Kloostri_vallavalitsus, lk 2
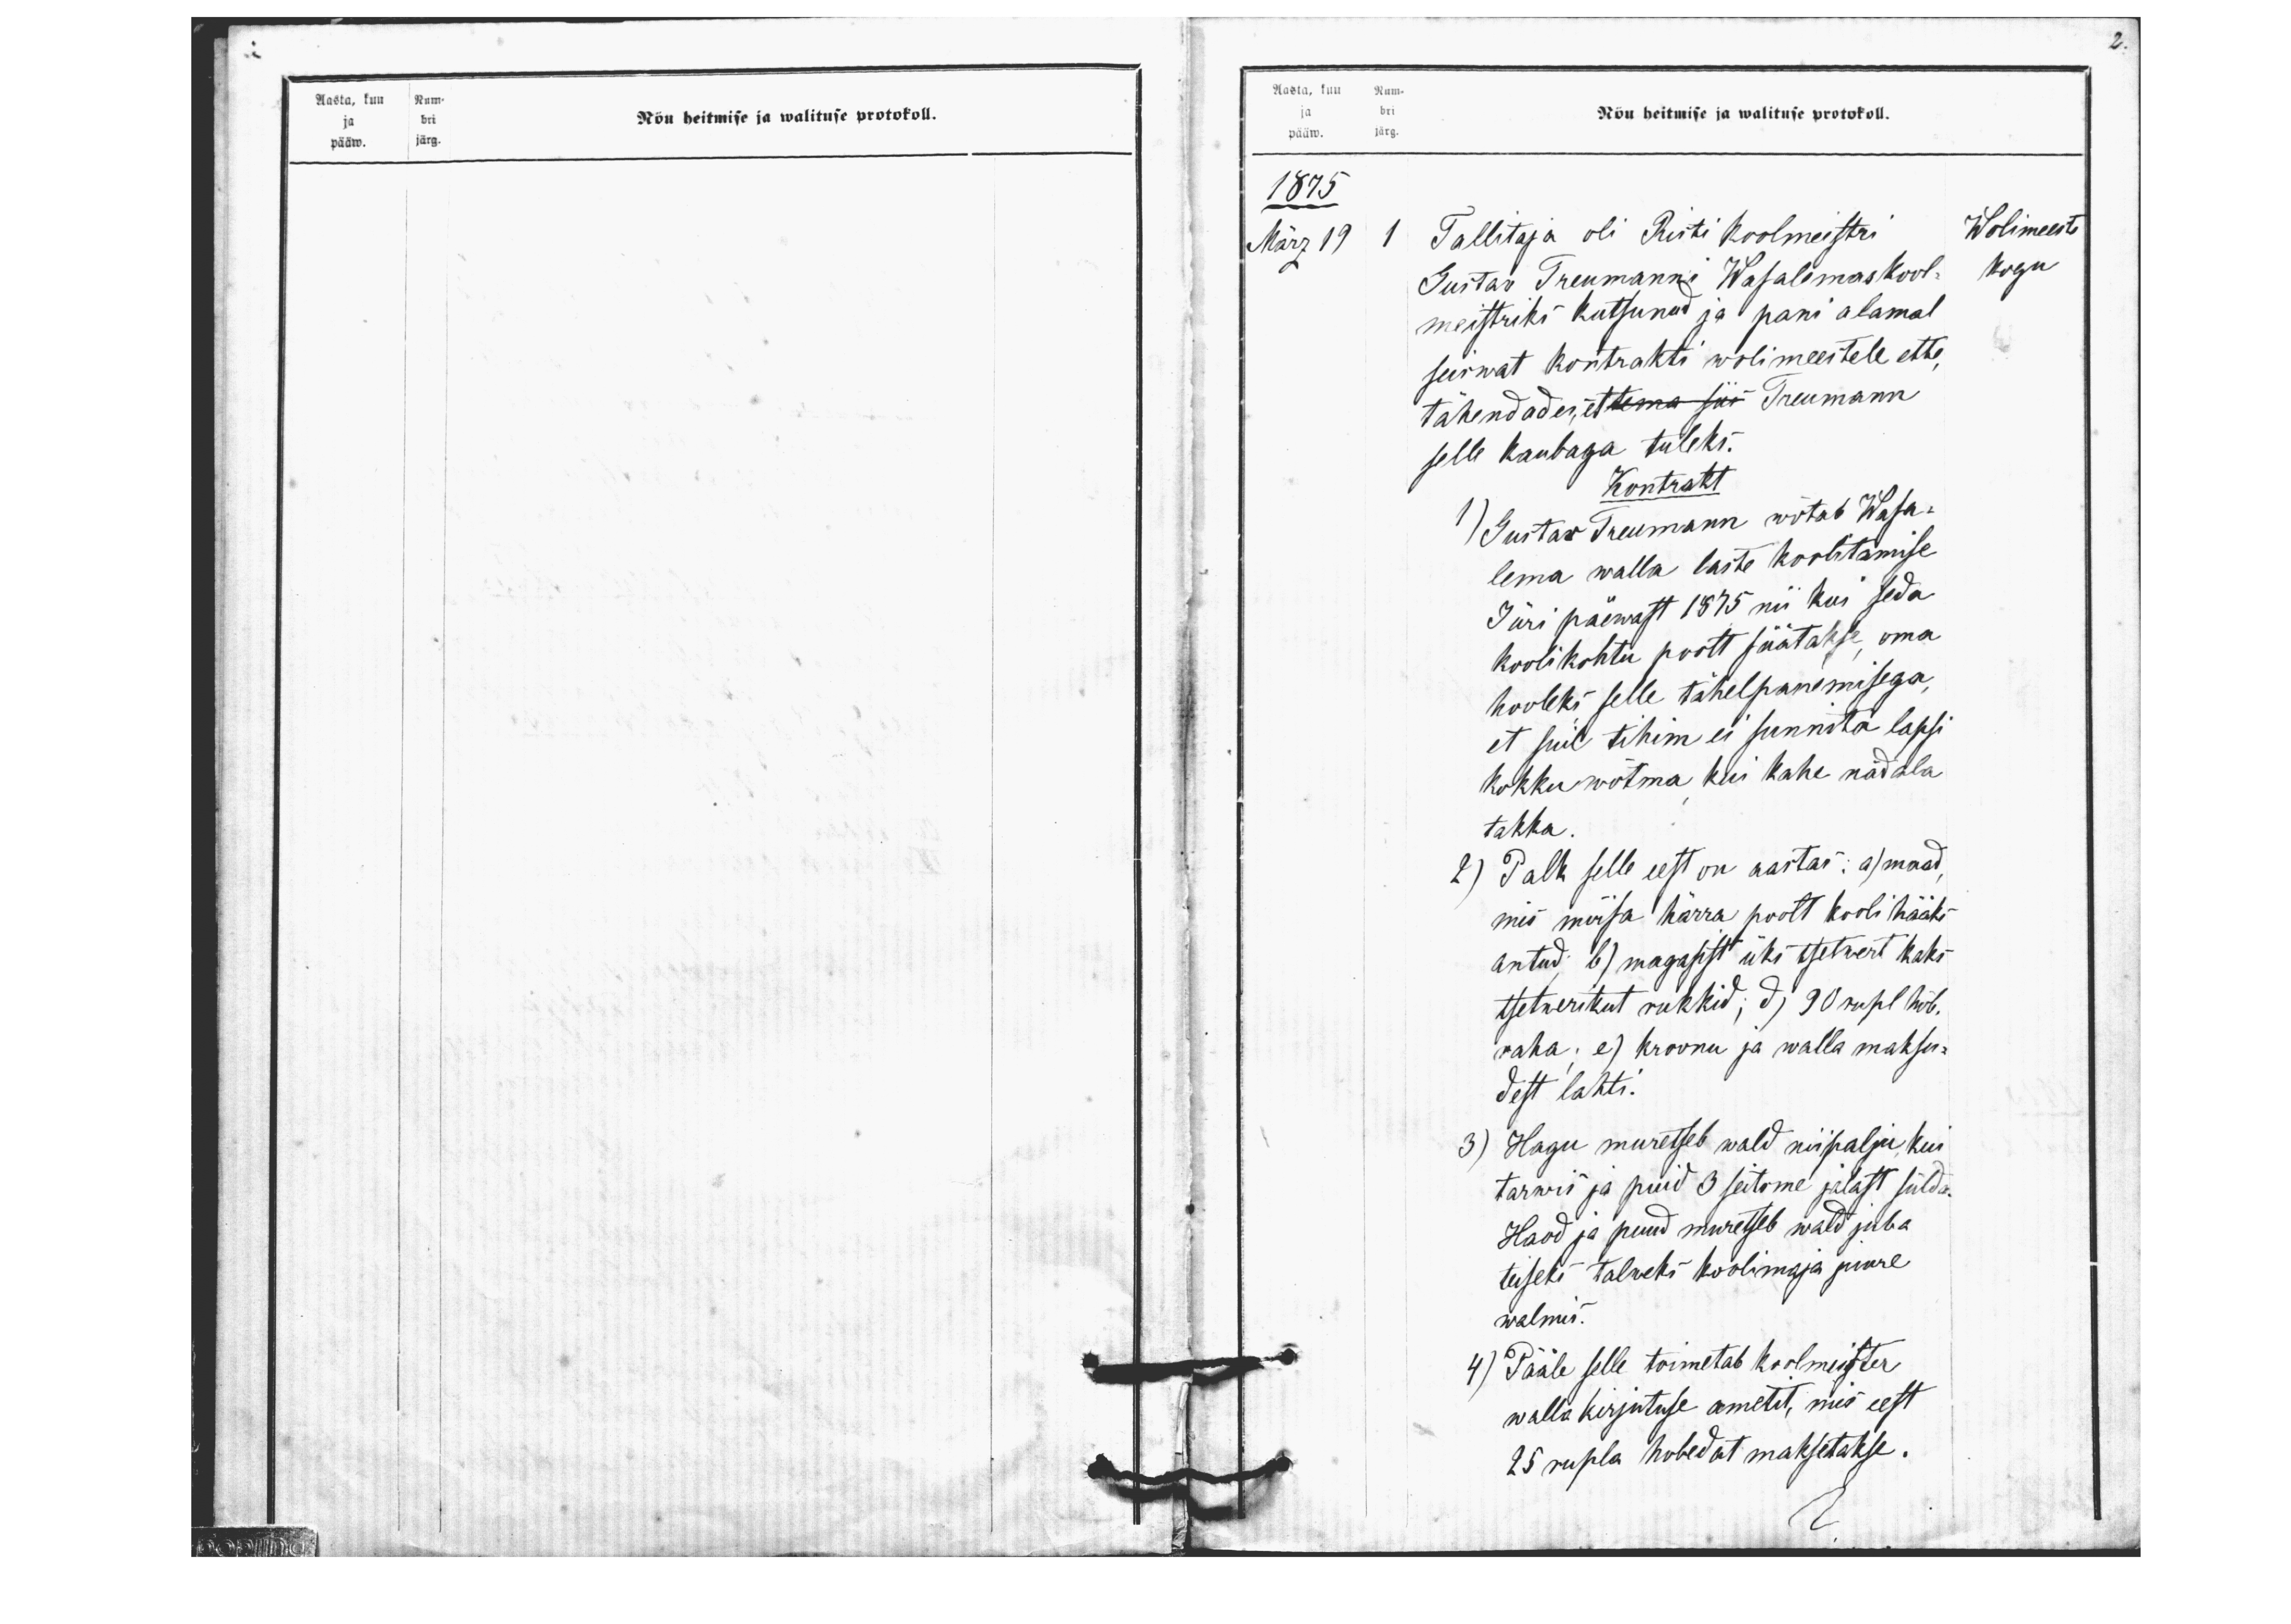
Aasta, kuu Num
Nõu heitmise ja walituse protokoll.
ja bri
pääw. järg.

2.
Aasta, kuu Num-
Nõu heitmise ja walituse protokoll.
ja bri
pääw. järg.
1875
März 19
1 Tallitaja oli Risti koolmeistri
Wolimeeste
Gustav Treumanni Wasalemas kool-
Kogu
meistriks kutsunud ja pani alamal
seiswat Kontrakti wolimeestele ette,
tähendades et Treumann
selle kaubaga tuleks.
Kontrakt
1) Gustaw Treumann wõtab Wasa-
lema walla laste koolitamise
Jüri päewast 1875 nii kui seda
kooli kohtu poolt säätakse oma
hooleks selle tähelpanemisega
et suil tihim ei sunnita lapsi
kokku wõtma kui kahe nädala
takka
2) Palk selle eest on aastas: a) maad
mis mõisa härra poolt kooli hääks
antud b) magasist üks tsetwert kaks
tsetwerikut rukkid; d) 90 rubl hõb.
raha. e) kroonu ja walla maksu-
dest lahti.
3) Hagu muretseb wald niipalju kui
tarwis ja puid 3 seitsme jalast sülda.
Haod ja puud muretseb wald juba
teiseks talweks koolimaja juure.
walmis.
4) Pääle selle toimetab koolmeister
walla kirjutuse ametit, mis eest
25 rubla hobedat maksetakse.